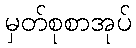
မှတ်စုစာအုပ်